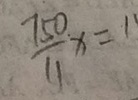
\frac { 7 5 0 . } { 1 1 } x = 1